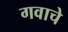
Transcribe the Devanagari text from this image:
गवाचे